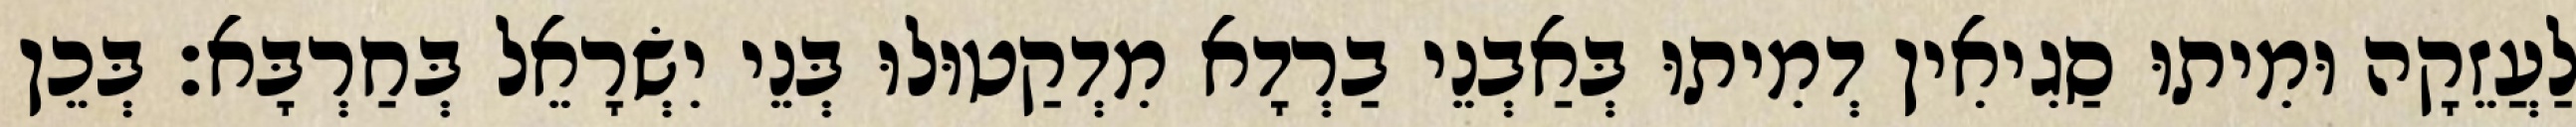
לַעֲזֵקָה וּמִיתוּ סַגִיאִין דְמִיתוּ בְּאַבְנֵי בַרְדָא מִדְקַטוּלוּ בְּנֵי יִשְׂרָאֵל בְּחַרְבָּא׃ בְּכֵן